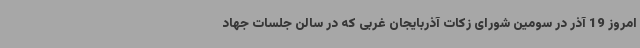
امروز 19 آذر در سومین شورای زکات آذربایجان غربی که در سالن جلسات جهاد